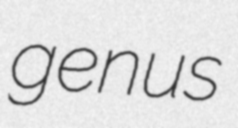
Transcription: genus